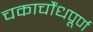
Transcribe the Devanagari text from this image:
चकाचौंधपूर्ण